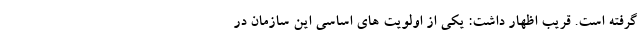
گرفته است. قریب اظهار داشت: یکی از اولویت های اساسی این سازمان در